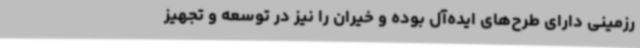
رزمینی دارای طرح‌های ایده‌آل بوده و خیران را نیز در توسعه و تجهیز